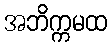
အဘိက္ကမထ